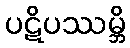
ပဋိပဿမ္ဘိ